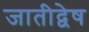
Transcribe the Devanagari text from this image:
जातीद्वेष